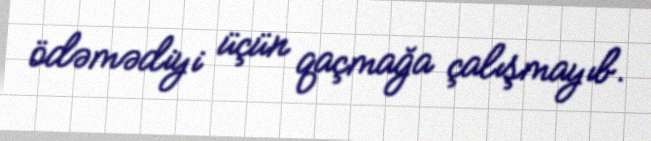
ödəmədiyi üçün qaçmağa çalışmayıb.